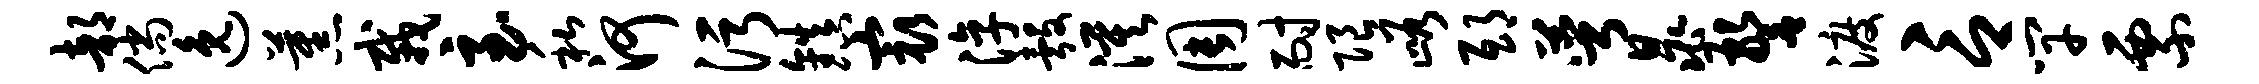
部倘逸蕉栽至私河污镇最淳彀漠周耐限峪邸萼晁警渡言竿票